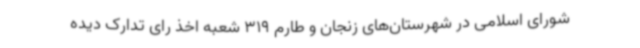
شورای اسلامی در شهرستان‌های زنجان و طارم 319 شعبه اخذ رای تدارک دیده